Annual administration and progress report of the Indian Medical Department, Bombay
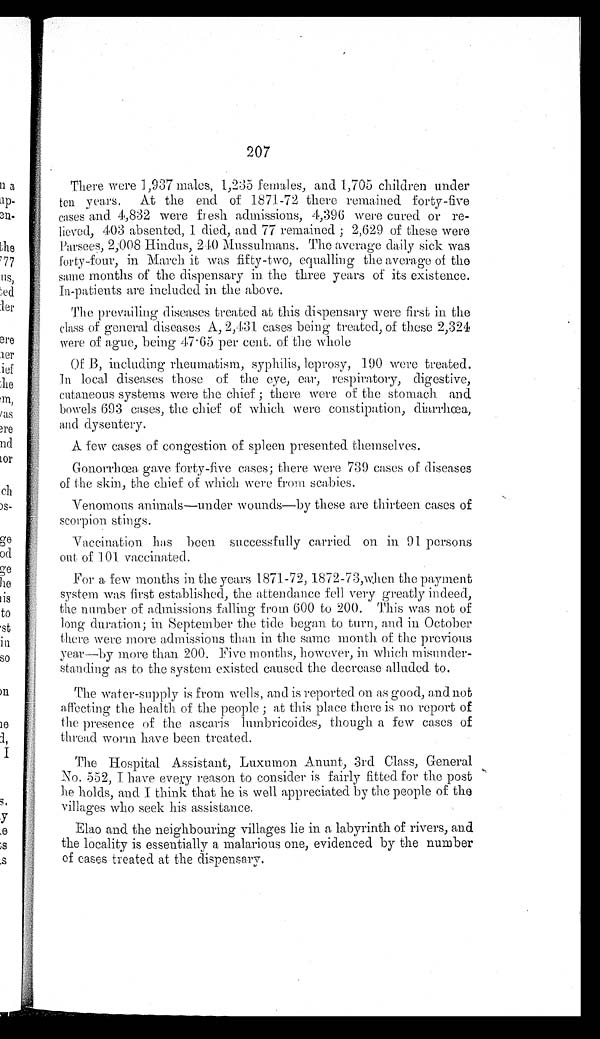
207
There were 1,937 males, 1,235 females, and 1,705 children under
ten years. At the end of 1871-72 there remained forty-five
cases and 4,832 were fresh admissions, 4,396 were cured or re-
lieved, 403 absented, 1 died, and 77 remained; 2,629 of these were
Parsees, 2,008 Hindus, 240 Mussulmans. The average daily sick was
forty-four, in March it was fifty-two, equalling the average of the
same months of the dispensary in the three years of its existence.
In-patients are included in the above.
The prevailing diseases treated at this dispensary were first in the
class of general diseases A, 2,431 cases being treated, of these 2,324
were of ague, being 47.65 per cent. of the whole
Of B, including rheumatism, syphilis, leprosy, 190 were treated.
In local diseases those of the eye, ear, respiratory, digestive,
cutaneous systems were the chief ; there were of the stomach and
bowels 693 cases, the chief of which were constipation, diarrhœa,
and dysentery.
A few cases of congestion of spleen presented themselves.
Gonorrhœa gave forty-five cases; there were 739 cases of diseases
of the skin, the chief of which were from scabies.
Venomous animals—under wounds—by these are thirteen cases of
scorpion stings.
Vaccination has been successfully carried on in 91 persons
out of 101 vaccinated.
For a few months in the years 1871-72, 1872-73, when the payment
system was first established, the attendance fell very greatly indeed,
the number of admissions falling from 600 to 200. This was not of
long duration; in September the tide began to turn, and in October
there were more admissions than in the same month of the previous
year—by more than 200. Five months, however, in which misunder-
standing as to the system existed caused the decrease alluded to.
The water-supply is from wells, and is reported on as good, and not
affecting the health of the people; at this place there is no report of
the presence of the ascaris lumbricoides, though a few cases of
thread worm have been treated.
The Hospital Assistant, Luxumon
Anunt, 3rd Class, General
No. 552, I have every reason to consider is fairly fitted for the post
he holds, and I think that he is well appreciated by the people of the
villages who seek his assistance.
Elao and the neighbouring villages lie in a labyrinth of rivers, and
the locality is essentially a malarious one, evidenced by the number
of cases treated at the dispensary.